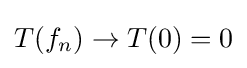
T(f_{n})\to T(0)=0